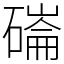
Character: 磮